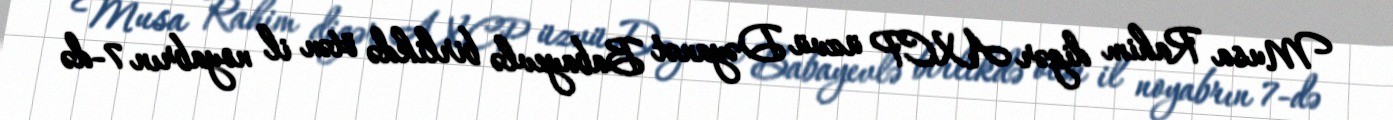
Musa Rahim digər AXCP üzvü Dəyanət Babayevlə birlikdə ötən il noyabrın 7-də